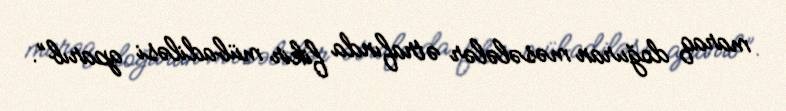
maraq doğuran məsələlər ətrafında fikir mübadiləsi aparıb”.